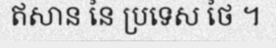
ឥសាន នៃ ប្រទេស ថៃ ។